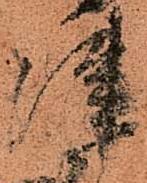
津